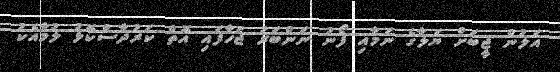
އަލުން ޖީބަށް ޔަލާގެ ނަމާއި ފޯނު ނަންބަރު ޖަހާފައި އޮތް ކަރުދާސްކޮޅު ލުމާއެކު